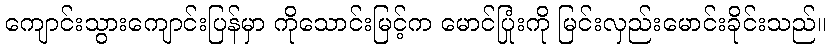
ကျောင်းသွားကျောင်းပြန်မှာ ကိုသောင်းမြင့်က မောင်ပြုံးကို မြင်းလှည်းမောင်းခိုင်းသည်။